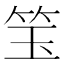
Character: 𬔵